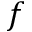
f